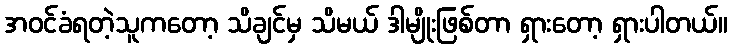
အဝင်ခံရတဲ့သူကတော့ သိချင်မှ သိမယ် ဒါမျိုးဖြစ်တာ ရှားတော့ ရှားပါတယ်။